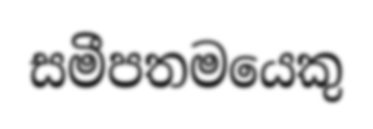
සමීපතමයෙකු